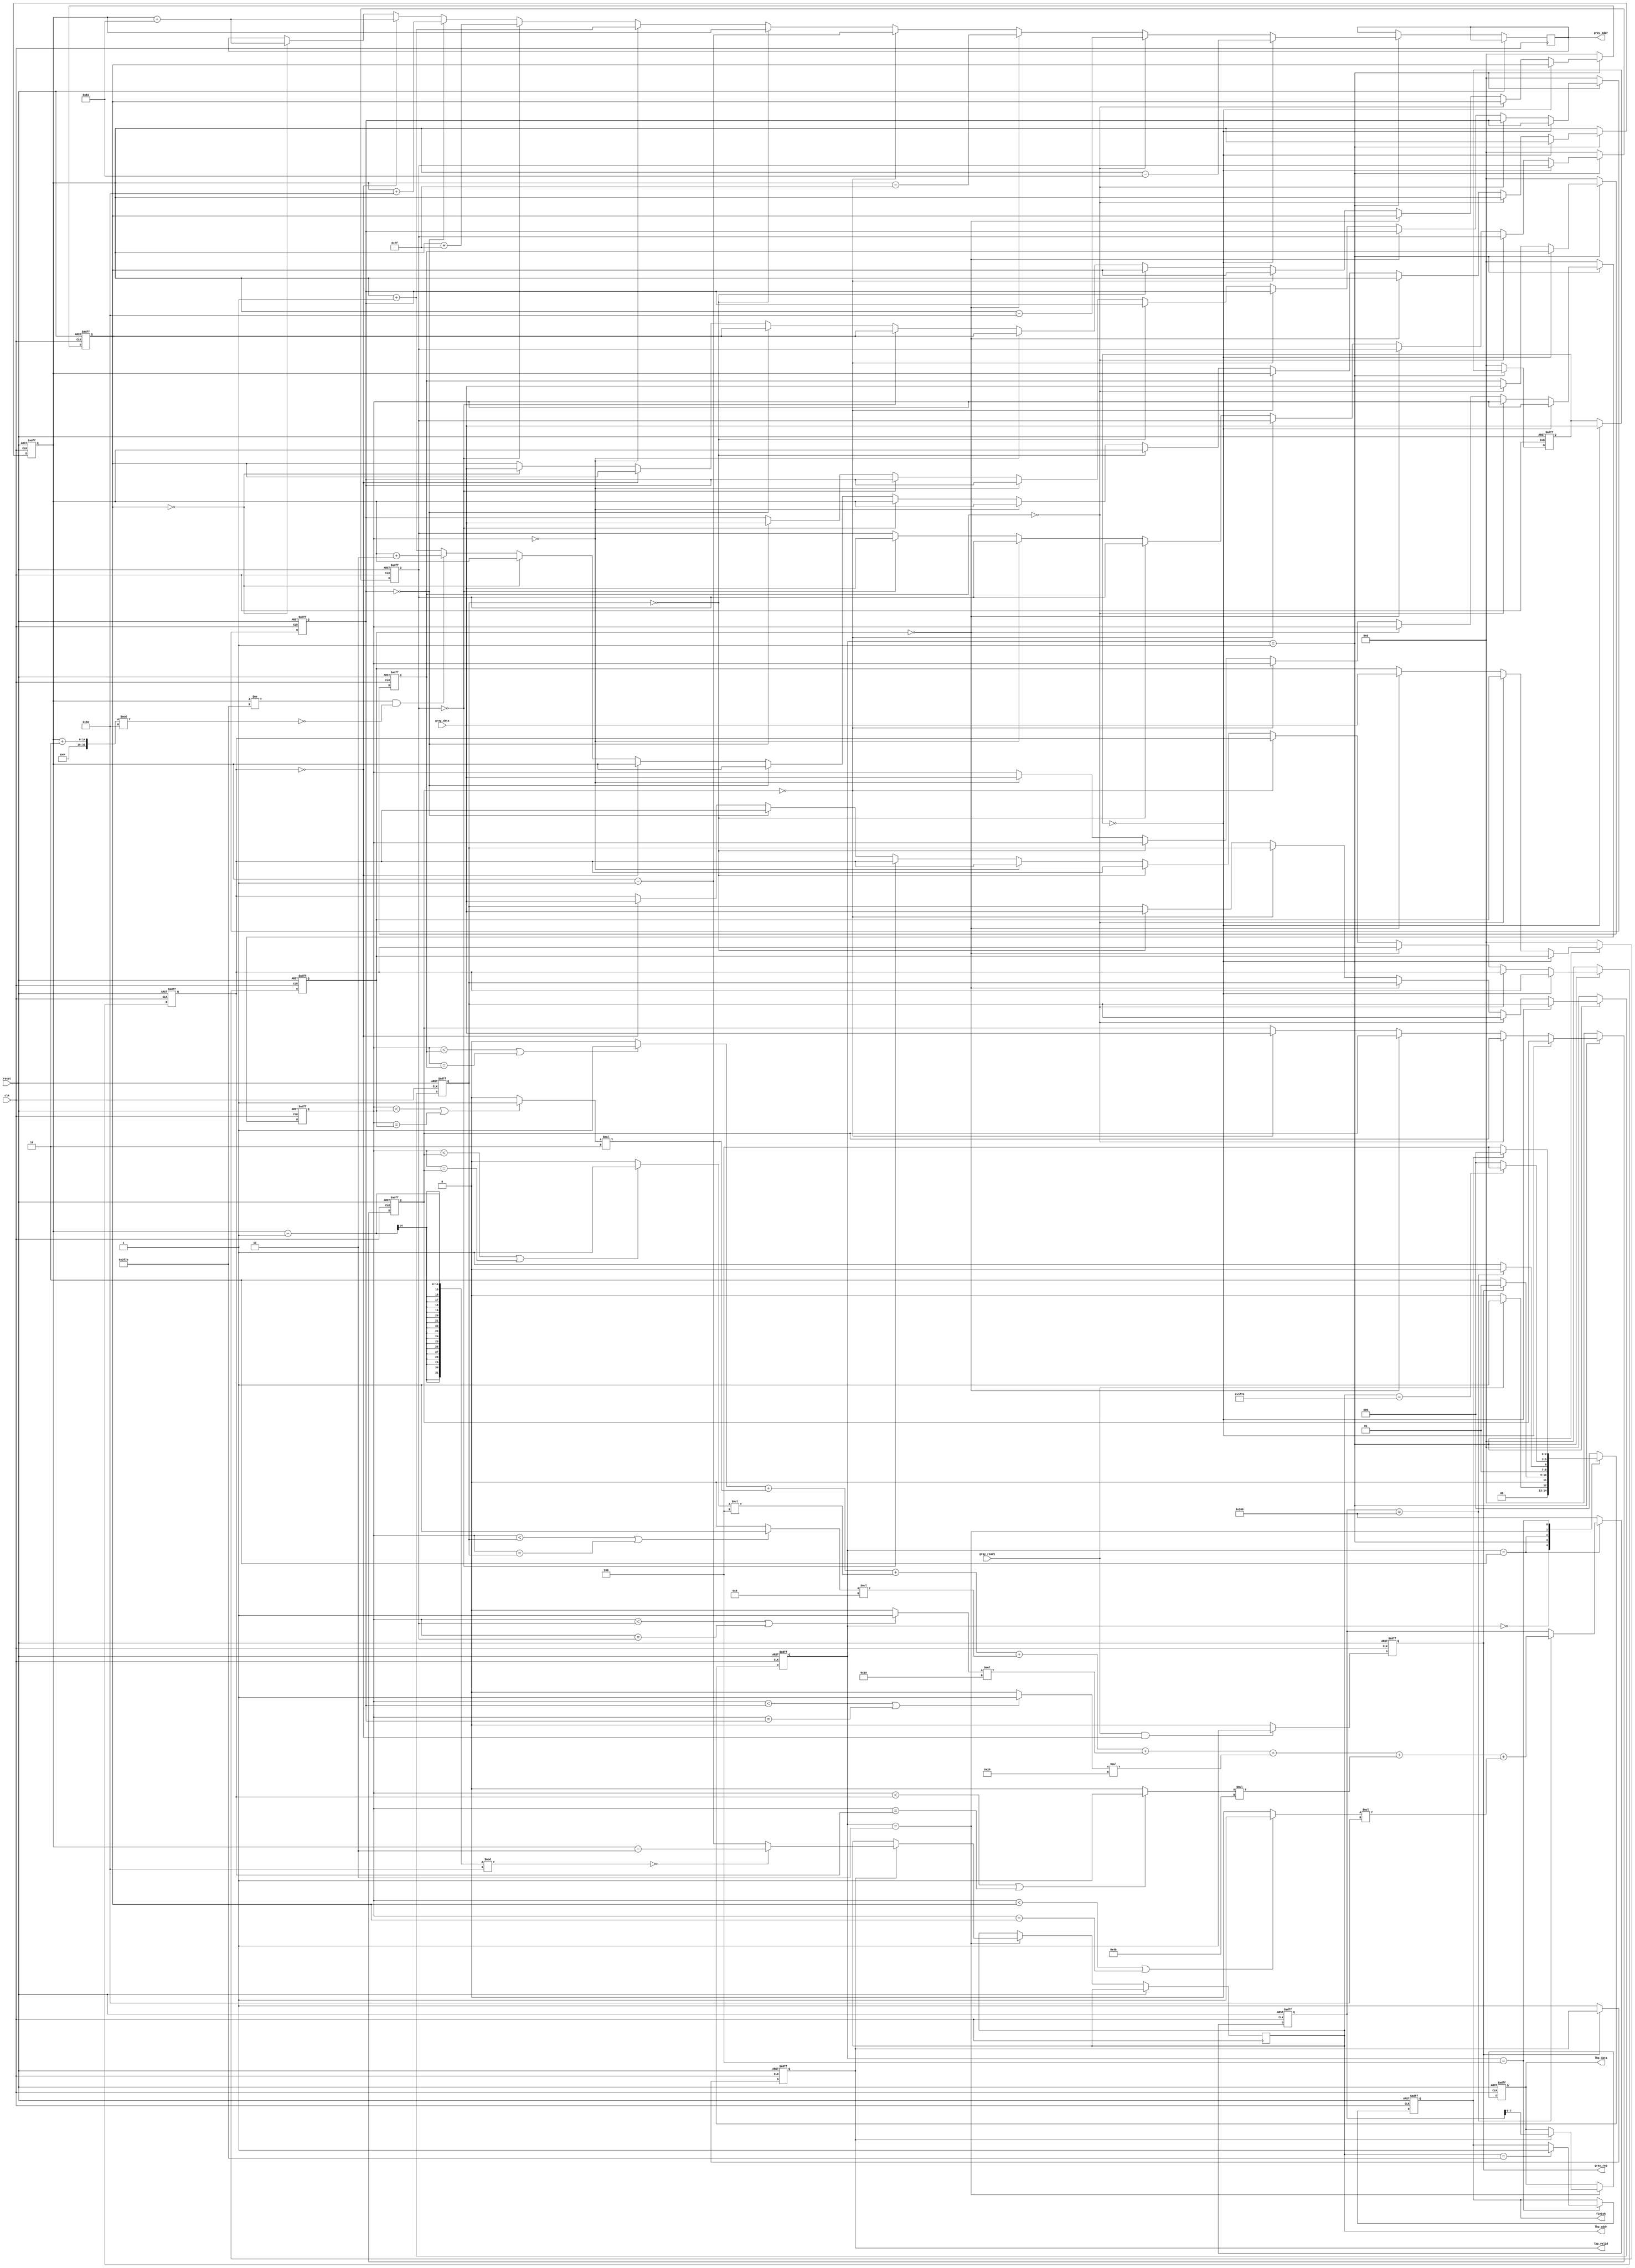
//############################################################################
//++++++++++++++++++++++++++++++++++++++++++++++++++++++++++++++++++++++++++++
// 	2016 IC CONTEST
// 	Project	:	 Local Binary E ncoder
//++++++++++++++++++++++++++++++++++++++++++++++++++++++++++++++++++++++++++++
// 	Module Name	:	LBP
//++++++++++++++++++++++++++++++++++++++++++++++++++++++++++++++++++++++++++++
//############################################################################

`timescale 1ns/10ps

module LBP(  clk,reset,gray_addr,gray_req,gray_ready,gray_data,lbp_addr,lbp_valid,lbp_data,finish );

input		clk;
input		reset;
input		gray_ready;
input		[7:0]		gray_data;

output	gray_req;
output	lbp_valid;
output	finish;
output	[7:0]		lbp_data;
output	[13:0]		gray_addr;
output	[13:0]		lbp_addr;

reg                 finish;
reg                 gray_req;
reg					lbp_valid;
reg		[2:0]		current_state;
reg		[2:0]	    next_state;
reg		[7:0]		LBP_MEMORY_BIT	[0:7];
reg		[7:0]		LBP_MEMORY	[0:9];
reg     [7:0]       lbp_data;
reg		[8:0]		lbp_data_tmp;
reg     [13:0]      gray_addr;
reg     [13:0]      lbp_addr;
reg     [13:0]      gray_addr_const;
reg     [13:0]      gray_addr_zero;

integer i;

parameter	state0=3'd0;
parameter	state1=3'd1;
parameter	state2=3'd2;
parameter	state3=3'd3;
parameter	state4=3'd4;

/*	FINITE STATE MACHINE	*/

always@(	posedge clk	or	posedge reset	)
		begin
				if(	reset	)
						current_state	<=	state0;
				else
						current_state	<=	next_state;
		end

always@(*)
		begin
				case(	current_state	)
						state0:next_state	<=	(	gray_ready	==	1'd0 )?state0:state1;
						state1:next_state	<=	(	gray_req	==	1'd1	)?state1:state2;
						state2:next_state	<=	(	lbp_data_tmp	==	9'd256	)?state2:state3;
						state3:next_state	<=	(	lbp_addr	==	14'd16253	)?state4:state0;
						state4:next_state	<=	(	finish	==	1'd0	)?state4:state0;
						default:
						begin
						      next_state  <=  state0;
						end
				endcase
		end

/*	INITIIALIZATION	*/

always@(	posedge clk	or	posedge reset	)
		begin
				if(	reset	)
						begin
								gray_req	<=	1'd1;
								
						end
				else
						begin
								case(	state0	)
										state0:
												if(	gray_ready	==	1'd1	&&	LBP_MEMORY[8]	==	8'd0	)
														begin
																gray_req	<=	1'd1;
														end
												else
														begin
																gray_req	<=	1'd0;
														end
								default:
										begin
												gray_req	<=	1'd0;
												
										end
								endcase
						end
		end

/*	READ DATA	*/

always@(	posedge clk	or	posedge reset	)
		begin
				if(	reset	)
						begin
								gray_addr_const	<=	14'd129;
								for(i=0;i<10;i=i+1)
										begin
												LBP_MEMORY[i]	<=	8'd0;
										end
						end
				else 
						begin
								case(	current_state	)
								state1:
										if(	LBP_MEMORY[0]	==	8'd0   )
												begin
														gray_addr	=	gray_addr_const	-	14'd129;
														LBP_MEMORY[0]	=	gray_data;
												end
										else if(	LBP_MEMORY[1]	==	8'd0 )
												begin
														gray_addr	=	gray_addr_const	-	14'd128;
														LBP_MEMORY[1]	=	gray_data;
												end
										else if(	LBP_MEMORY[2]	==	8'd0)
												begin
														gray_addr	=	gray_addr_const	-	14'd127;
														LBP_MEMORY[2]	=	gray_data;
												end
										else if(	LBP_MEMORY[3]	==	8'd0)
												begin
														gray_addr	=	gray_addr_const	-	14'd1;
														LBP_MEMORY[3]	=	gray_data;
												end
										else if(	LBP_MEMORY[4]	==	8'd0)
												begin
														gray_addr	=	gray_addr_const;
														LBP_MEMORY[4]	=	gray_data;
												end
										else if(	LBP_MEMORY[5]	==	8'd0)
												begin
														gray_addr	=	gray_addr_const	+	14'd1;
														LBP_MEMORY[5]	=	gray_data;
												end
										else if(	LBP_MEMORY[6]	==	8'd0 )	
												begin
														gray_addr	=	gray_addr_const	+	14'd127;
														LBP_MEMORY[6]	=	gray_data;
												end
										else if(	LBP_MEMORY[7]	==	8'd0 )
												begin
														gray_addr	=	gray_addr_const	+	14'd128;
														LBP_MEMORY[7]	=	gray_data;
												end
										else if(	LBP_MEMORY[8]	==	8'd0 )
												begin
														gray_addr	=	gray_addr_const	+	14'd129;
														LBP_MEMORY[8]	=	gray_data;
												end
										else if(	LBP_MEMORY[9]	==	8'd0 )
												begin
														gray_addr	=	gray_addr_const	+	14'd129;
														LBP_MEMORY[9]	=	gray_data;
												end
										else if(	gray_addr_const	!=	14'd16254	&&	(	(	gray_addr_const	+	14'd2	)	%	128	)	==	14'd0	)
												begin
														gray_addr_const	=	gray_addr_const	+14'd3;
												end
										else
												begin
														gray_addr_const	=	gray_addr_const	+14'd1;
												end
								default:
										begin
												for(i=0;i<10;i=i+1)
														begin
																LBP_MEMORY[i]	<=	8'd0;		
														end
										end
								endcase
						end
		end

/*	COMPUTATION	*/

always@(	posedge clk	or	posedge reset	)
		begin
				if(	reset	)
						begin
								lbp_data_tmp	<=	9'd256;
								LBP_MEMORY_BIT[0]	<=	8'd0;
								LBP_MEMORY_BIT[1]	<=	8'd0;
								LBP_MEMORY_BIT[2]	<=	8'd0;
								LBP_MEMORY_BIT[3]	<=	8'd0;
								LBP_MEMORY_BIT[4]	<=	8'd0;
								LBP_MEMORY_BIT[5]	<=	8'd0;
								LBP_MEMORY_BIT[6]	<=	8'd0;
								LBP_MEMORY_BIT[7]	<=	8'd0;

						end
				else
						begin
								case(	current_state	)
								state2:
										if(	lbp_data_tmp	==	9'd256	)
												begin
														LBP_MEMORY_BIT[0] = (LBP_MEMORY[5]<LBP_MEMORY[1] || LBP_MEMORY[5]==LBP_MEMORY[1])?8'd1:8'd0;
														LBP_MEMORY_BIT[1] = (LBP_MEMORY[5]<LBP_MEMORY[2] || LBP_MEMORY[5]==LBP_MEMORY[2])?8'd1:8'd0;
														LBP_MEMORY_BIT[2] = (LBP_MEMORY[5]<LBP_MEMORY[3] || LBP_MEMORY[5]==LBP_MEMORY[3])?8'd1:8'd0;
														LBP_MEMORY_BIT[3] = (LBP_MEMORY[5]<LBP_MEMORY[4] || LBP_MEMORY[5]==LBP_MEMORY[4])?8'd1:8'd0;
														LBP_MEMORY_BIT[4] = (LBP_MEMORY[5]<LBP_MEMORY[6] || LBP_MEMORY[5]==LBP_MEMORY[6])?8'd1:8'd0;
														LBP_MEMORY_BIT[5] = (LBP_MEMORY[5]<LBP_MEMORY[7] || LBP_MEMORY[5]==LBP_MEMORY[7])?8'd1:8'd0;
														LBP_MEMORY_BIT[6] = (LBP_MEMORY[5]<LBP_MEMORY[8] || LBP_MEMORY[5]==LBP_MEMORY[8])?8'd1:8'd0;
														LBP_MEMORY_BIT[7] = (LBP_MEMORY[5]<LBP_MEMORY[9] || LBP_MEMORY[5]==LBP_MEMORY[9])?8'd1:8'd0;
														lbp_data_tmp	=	LBP_MEMORY_BIT[0]+LBP_MEMORY_BIT[1]*2+LBP_MEMORY_BIT[2]*4+LBP_MEMORY_BIT[3]*8+LBP_MEMORY_BIT[4]*16+LBP_MEMORY_BIT[5]*32+LBP_MEMORY_BIT[6]*64+LBP_MEMORY_BIT[7]*128;
												end
										else
												begin
														lbp_data_tmp	<=		lbp_data_tmp;
												end
								default:
										begin
												lbp_data_tmp	<=	9'd256;
										end
								endcase
						end
		end
		
/*	OUTPUT	*/

always@(	posedge clk	or	posedge reset	)
		begin
				if(	reset	)
						begin
								lbp_data	<=	8'd0;
						end
				else
						begin
								case(	current_state	)
								state3:
										if(	lbp_valid	)
												begin
													lbp_data	<=	lbp_data_tmp[7:0];
													lbp_addr	<=	(	(gray_addr_const	-	14'd1)	%	128	==	14'd0	)?gray_addr_const	-	14'd3:gray_addr_const	-	14'd1;
												end
										else
												begin
														lbp_data	<=	lbp_data;
												end
								default:
										begin
												lbp_data	<=	lbp_data;
										end
								endcase
						end
		end
		
/*	LBP_VALID	*/

always@(	posedge clk 	or	posedge reset	)
		begin
				if(	reset	)
						begin
								lbp_valid	<=	1'd0;
						end
				else if(	gray_req	==	1'd0)
						begin
								lbp_valid	<= 1'd1;
						end
		end
		
/*	FINISH	*/

always@(	posedge clk	or	posedge reset	)
		begin
				if(	reset	)
						begin
								finish	<=	1'd0;
						end
				else
						begin
								case(	current_state	)
								state4:
										if(	lbp_addr	==	14'd16254	)
												finish	<=	1'd1;
										else
												finish	<=	finish;
								default:
										begin
												finish	<=	finish;
										end
								endcase
						end
		end
		
endmodule